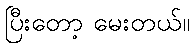
ပြီးတော့ မေးတယ်။